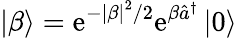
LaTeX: \left|\beta\right>=\mathrm{e}^{-\left|\beta\right|^{2}/2}\mathrm{e}^{\beta\hat{{a}}^{\dagger}}\left|0\right>